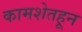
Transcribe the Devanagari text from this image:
कामशेतहून